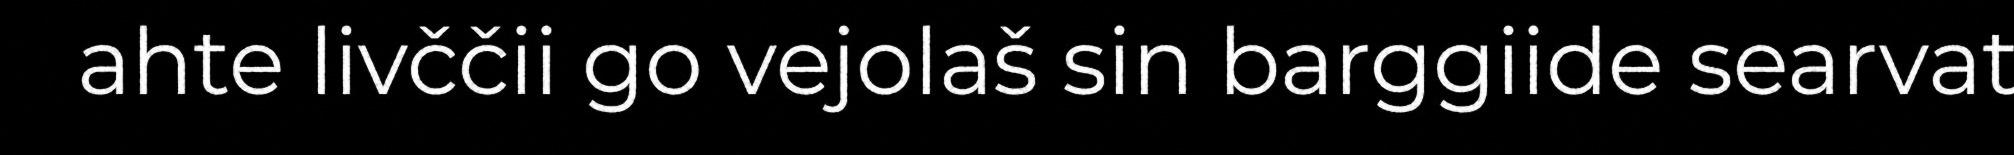
ahte livččii go vejolaš sin barggiide searvat